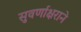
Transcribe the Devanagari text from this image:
सुवर्णाक्षराने